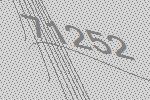
71252